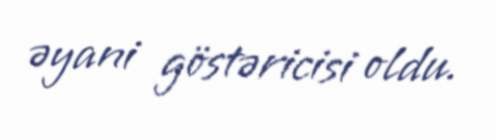
əyani göstəricisi oldu.